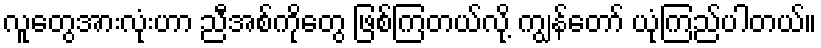
လူတွေအားလုံးဟာ ညီအစ်ကိုတွေ ဖြစ်ကြတယ်လို့ ကျွန်တော် ယုံကြည်ပါတယ်။